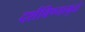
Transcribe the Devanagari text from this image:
दर्शविण्यामुळे